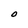
Character: O